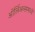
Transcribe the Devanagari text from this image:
ऑर्लिअन्समध्ये